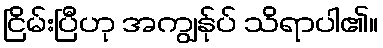
ငြိမ်းပြီဟု အကျွန်ုပ် သိရာပါ၏။